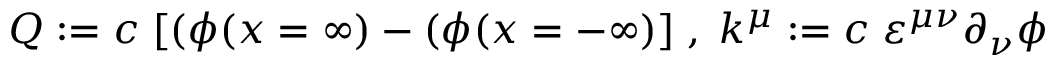
Q : = c \; [ ( \phi ( x = \infty ) - ( \phi ( x = - \infty ) ] \; , \; k ^ { \mu } : = c \; \varepsilon ^ { \mu \nu } \partial _ { \nu } \phi